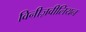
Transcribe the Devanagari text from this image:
विनीज़वीलियन